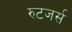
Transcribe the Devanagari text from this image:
रुटजर्स